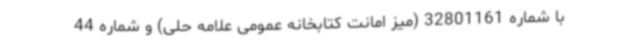
با شماره 32801161 (میز امانت کتابخانه عمومی علامه حلی) و شماره 44